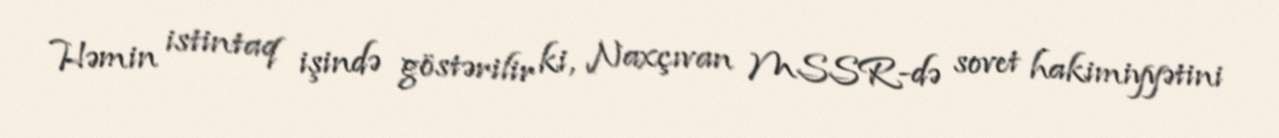
Həmin istintaq işində göstərilir ki, Naxçıvan MSSR-də sovet hakimiyyətini